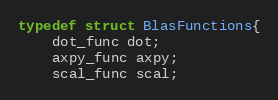
Language: C
typedef struct BlasFunctions{
    dot_func dot;
    axpy_func axpy;
    scal_func scal;